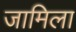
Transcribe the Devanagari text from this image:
जामिला